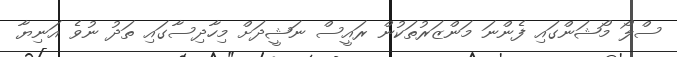
ސްލޯ މޯޝަންގައި ފެންނަ މަންޒަރުތަކުން ރައީސް ނަޝީދަށް މިހާދިސާގައި ތަދު ނުވެ އަނިޔާ